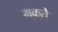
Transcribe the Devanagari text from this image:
मक़्ते